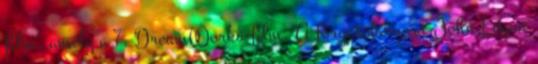
film, amely a 7. DreamWorks-film. A forgatókönyvet John Logan